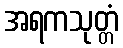
အရကသုတ္တံ